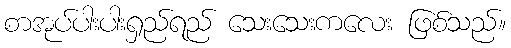
စာအုပ်ပါးပါးရှည်ရည် သေးသေးကလေး ဖြစ်သည်။